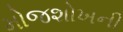
મોજશોખની